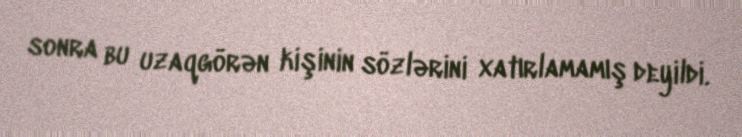
sonra bu uzaqgörən kişinin sözlərini xatırlamamış deyildi.